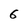
Character: 6